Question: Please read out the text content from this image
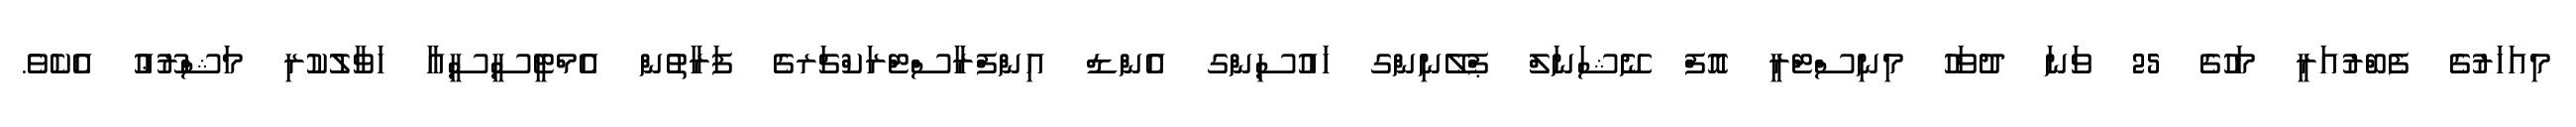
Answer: މިއަހަރުގެ ފެބްރުއަރީ މަހުގެ 25 ވަނަ ދުވަހު މިނިސްޓްރީ އޮފް ނޭޝަނަލް ޕްލޭނިންގ ހައުސިންގ އެންޑް އިންފްރާސްޓްރަކްޗަރގެ ފަރާތުން އެމްޓީސީސީއާ ހަވާލުކުރި މަޝްރޫޢު އެކެވެ.